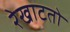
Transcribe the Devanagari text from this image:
रेखाटतो